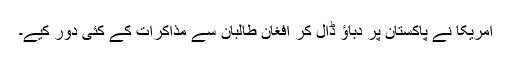
امریکا نے پاکستان پر دباؤ ڈال کر افغان طالبان سے مذاکرات کے کئی دور کیے۔